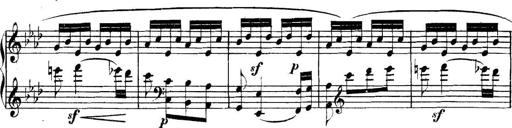
Title: Collected Piano Sonatas
Composer: Muzio Clementi